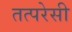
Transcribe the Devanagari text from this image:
तत्परेसी